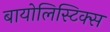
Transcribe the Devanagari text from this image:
बायोलिस्टिक्स